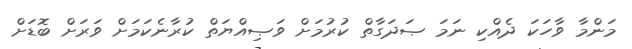
މަންމާ ވާހަކަ ދެއްކި ނަމަ ޞަދަގާތް ކުރުމަށް ވަޞިއްޔަތް ކުރާނެކަމަށް ވަރަށް ބޮޑަށް